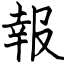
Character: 報